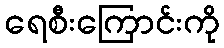
ရေစီးကြောင်းကို